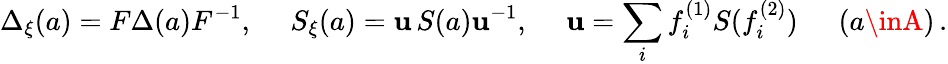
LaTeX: \Delta_{\xi}(a)=F\Delta(a)F^{-1},\quad\; S_{\xi}(a)=\mathbf{u}\, S(a)\mathbf{u}^{-1},\quad\; \mathbf{u}=\sum_{i}f_{i}^{(1)}S(f_{i}^{(2)})\, \quad\; (a\inA)\, .